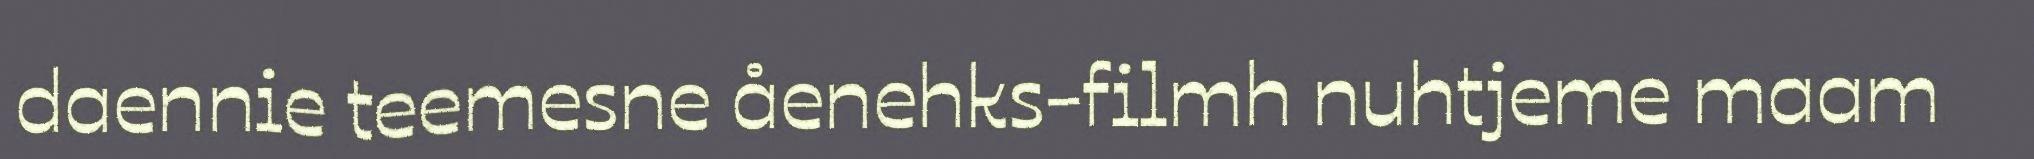
daennie teemesne åenehks-filmh nuhtjeme maam